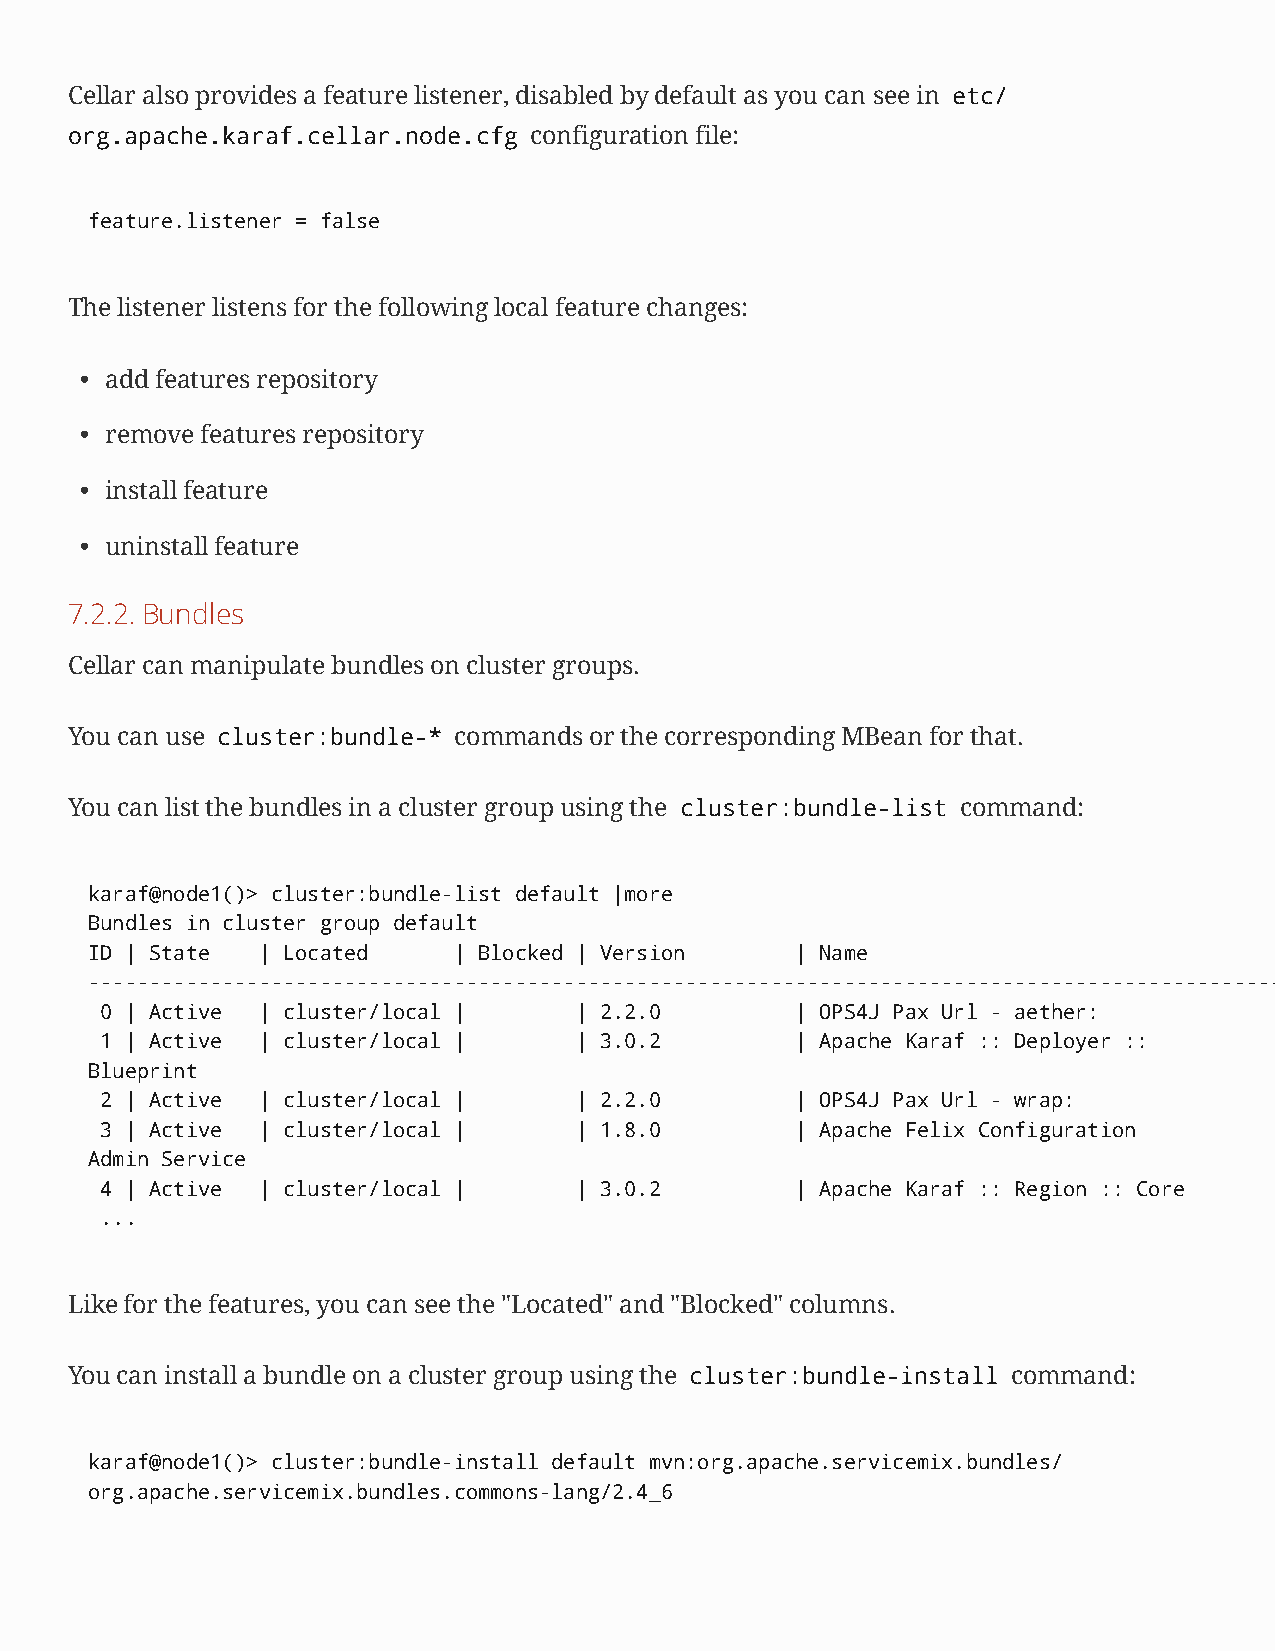
Cellar also provides a feature listener, disabled by default as you can see in etc/
 org.apache.karaf.cellar.node.cfg configuration file:
 feature.listener = false
 The listener listens for the following local feature changes:
 • add features repository
 • remove features repository
 • install feature
 • uninstall feature
 7.2.2.Bundles
 Cellar can manipulate bundles on cluster groups.
 You can use cluster:bundle-* commands or the corresponding MBean for that.
 You can list the bundles in a cluster group using the cluster:bundle-list command:
 karaf@node1()> cluster:bundle-list default |more
 Bundles in cluster group default
 ID | State | Located    | Blocked | Version    | Name
 --------------------------------------------------------------------------------------------------------------------
 0 | Active | cluster/local |   | 2.2.0        | OPS4J Pax Url - aether:
 1 | Active | cluster/local |   | 3.0.2        | Apache Karaf :: Deployer ::
 Blueprint
 2 | Active | cluster/local |   | 2.2.0        | OPS4J Pax Url - wrap:
 3 | Active | cluster/local |   | 1.8.0        | Apache Felix Configuration
 Admin Service
 4 | Active | cluster/local |   | 3.0.2        | Apache Karaf :: Region :: Core
 ...
 Like for the features, you can see the "Located" and "Blocked" columns.
 You can install a bundle on a cluster group using the cluster:bundle-install command:
 karaf@node1()> cluster:bundle-install default mvn:org.apache.servicemix.bundles/
 org.apache.servicemix.bundles.commons-lang/2.4_6